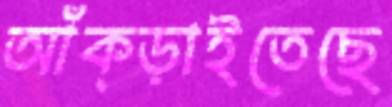
আঁক্‌ড়াইতেছে